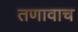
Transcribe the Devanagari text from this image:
तणावाच